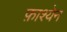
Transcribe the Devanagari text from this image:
फ़ाश्येन